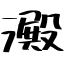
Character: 澱